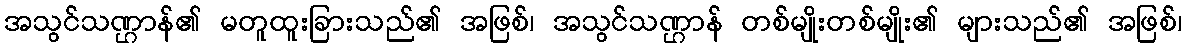
အသွင်သဏ္ဌာန်၏ မတူထူးခြားသည်၏ အဖြစ်၊ အသွင်သဏ္ဌာန် တစ်မျိုးတစ်မျိုး၏ များသည်၏ အဖြစ်၊